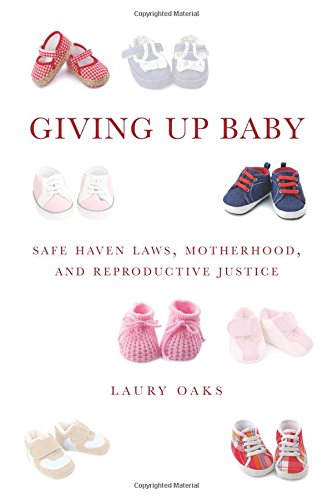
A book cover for Giving Up Baby: Safe Haven Laws, Motherhood, and Reproductive Justice; Laury Oaks; Law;